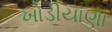
ખોડીયાણા